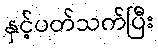
နှင့်ပတ်သက်ပြီး